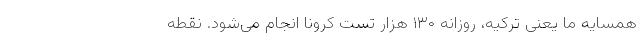
همسایه ما یعنی ترکیه، روزانه ۱۳۰ هزار تست کرونا انجام می‌شود. نقطه